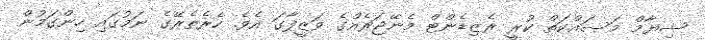
ޝިޔާމް މަސައްކަތް ކުރީ ރެޒިޑެންޓް މެނޭޖަރެއްގެ ވަޒީފާގަ އެވެ. ހެރެތެރޭގެ ނަމުގައި ހިންގަމުން